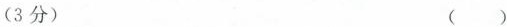
(3分) ( )